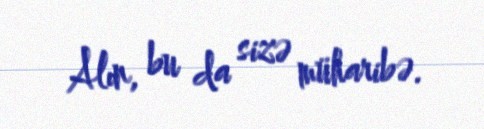
Alın, bu da sizə müharibə.